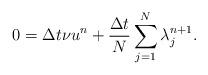
LaTeX: \begin{align*}&0= \Delta t\nu u^n+\frac{\Delta t}{N} \sum_{j=1}^N\lambda^{n+1}_j.\end{align*}